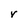
Character: r